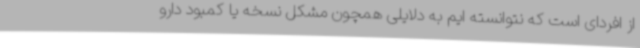
از افردای است که نتوانسته ایم به دلایلی همچون مشکل نسخه یا کمبود دارو